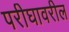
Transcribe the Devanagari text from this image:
परीघावरील